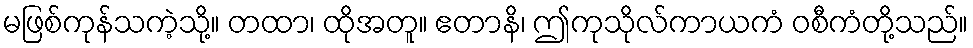
မဖြစ်ကုန်သကဲ့သို့။ တထာ၊ ထိုအတူ။ ဧတာနိ၊ ဤကုသိုလ်ကာယကံ ဝစီကံတို့သည်။